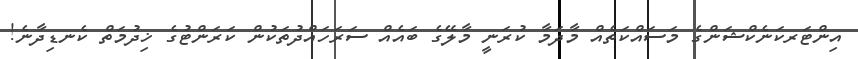
އިންޓަރކަނެކްޝަންގެ މަސައްކަތެއް މާދަމާ ކުރަނީ މާލޭގެ ބައެއް ސަރަހައްދުތަކުން ކަރަންޓުގެ ޚިދުމަތް ކެނޑިދާނެ!